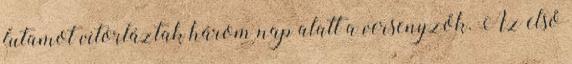
futamot vitorláztak három nap alatt a versenyzők. Az első